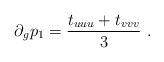
\begin{align*}\partial_g p_1 ={t_{uuu} + t_{vvv}\over 3}\ .\end{align*}